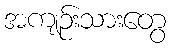
အကျဉ်းသားတွေ